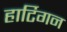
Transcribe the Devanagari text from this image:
हार्टिगन